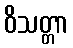
ဝိသတ္တာ